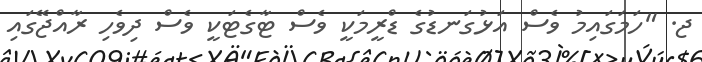
ޖ. "ހަމަގައިމު ވެސް އަޅުގަނޑުގެ ޑްރީމަކީ ވެސް ޓާގެޓަކީ ވެސް ދިވެހި ރާއްޖޭގައި